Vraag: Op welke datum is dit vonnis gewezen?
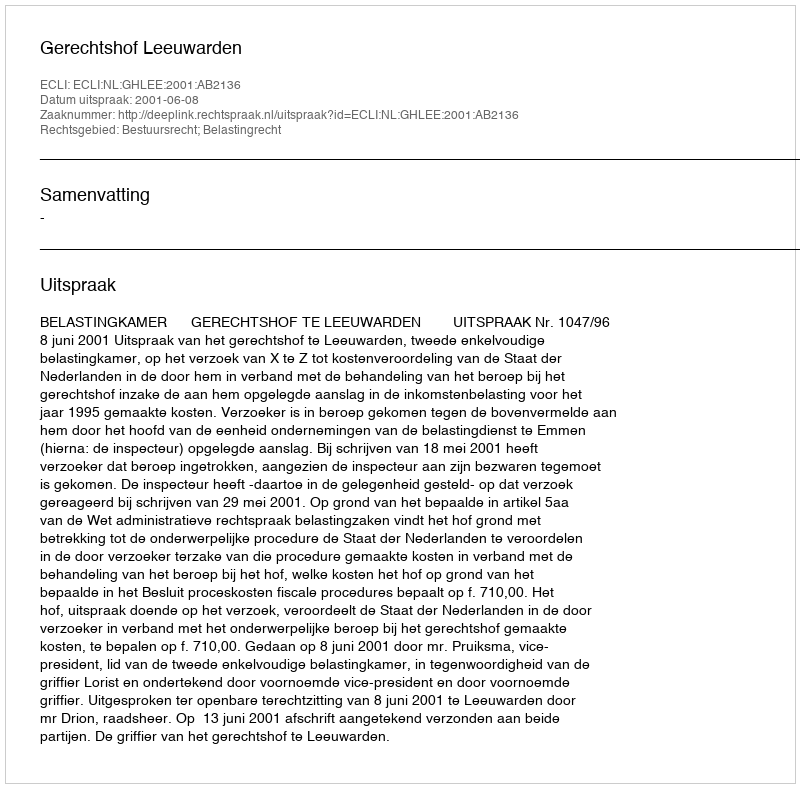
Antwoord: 2001-06-08